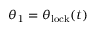
\theta _ { 1 } = \theta _ { \mathrm { l o c k } } ( t )